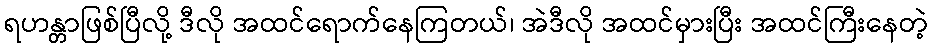
ရဟန္တာဖြစ်ပြီလို့ ဒီလို အထင်ရောက်နေကြတယ်၊ အဲဒီလို အထင်မှားပြီး အထင်ကြီးနေတဲ့